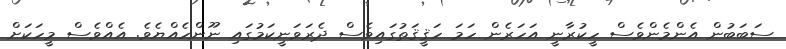
ސަބަބުން އެންމެންވެސް ހީކުރާނީ އަހަރެން ހަމަ ހަޤީޤަތުގައިވެސް ދެރަވަނީކަމުގައި ނޫންހެއްޔެވެ. އެއްވެސް މީހަކަށް